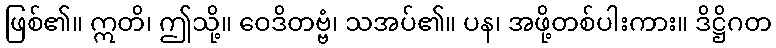
ဖြစ်၏။ ဣတိ၊ ဤသို့။ ဝေဒိတဗ္ဗံ၊ သအပ်၏။ ပန၊ အဖို့တစ်ပါးကား။ ဒိဋ္ဌိဂတ